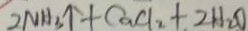
2 N H _ { 3 } \uparrow + C a C l _ { 2 } + 2 H _ { 2 } O